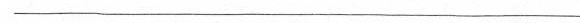
——————————————————————————————————